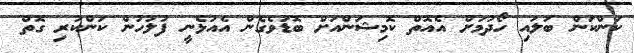
ކަންކަން ބަލައި ހޯދުމަށް އެއޮތް ކޮމިޝަންއަށް ބޮޑުވެގެން އެއުޅެނީ ފުލުހުން ކަންކުރި ގޮތް